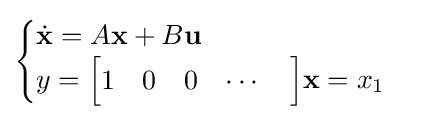
{\begin{cases}{\dot {\mathbf {x} }}=A\mathbf {x} +B\mathbf {u} \\y={\begin{bmatrix}1&0&0&\cdots &\end{bmatrix}}\mathbf {x} =x_{1}\end{cases}}